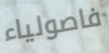
فاصولياء